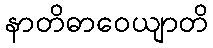
နာတိဓာဝေယျာတိ